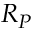
R _ { P }